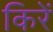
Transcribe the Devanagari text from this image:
किरें